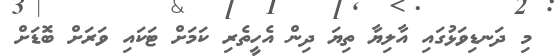
މި ދަނޑިވަޅުގައި އާލިޔާ ތިޔަ ދިން އެހީތެރި ކަމަށް ޓަކައި ވަރަށް ބޮޑަށް